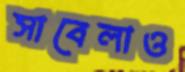
সাবেলাও